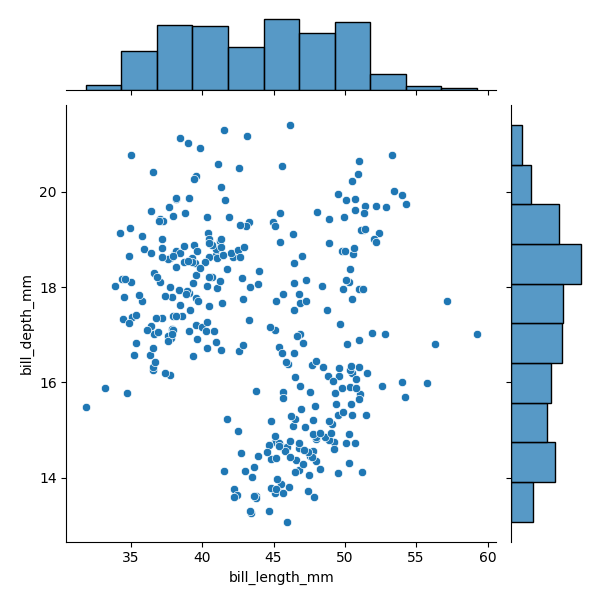
python, seaborn, JointGrid, scatterplot, histplot